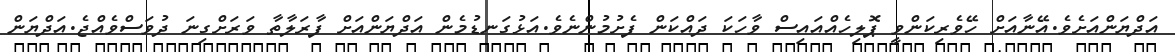
އަދްޔަންއަށެވެ.އޭނާއަށް ހޭވެރިކަންވީ ޕޮލިހެއްއައިސް ވާހަކަ ދައްކަން ފެށުމުންނެވެ.އަޅުގަނޑުމެން އަދްޔަންއަށް ފާރަލާތާ ވަރަށްގިނަ ދުވަސްވެއްޖެ.އަދްޔަން